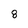
Character: 8